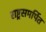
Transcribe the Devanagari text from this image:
राष्ट्रसमर्पित